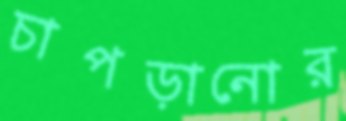
চাপড়ানোর